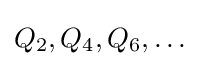
Q_{2},Q_{4},Q_{6},\ldots